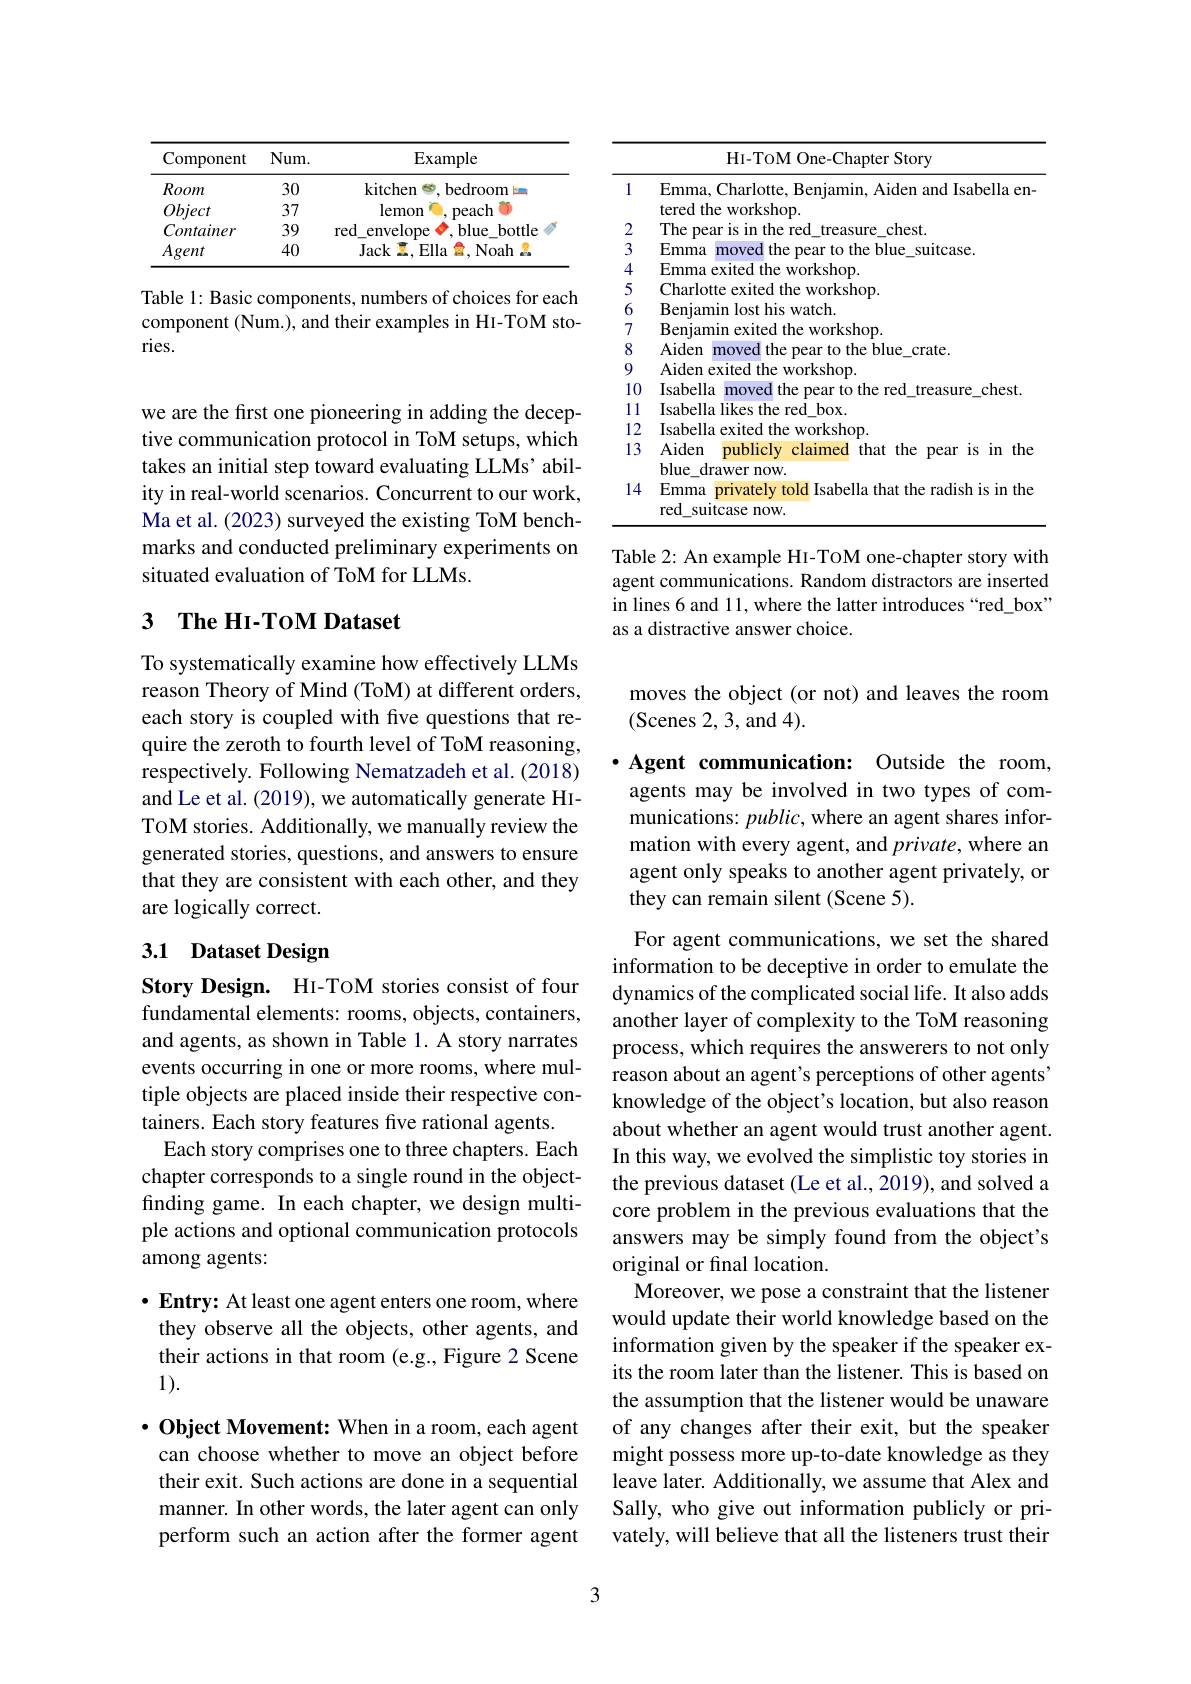
<table>
	<tbody>
		<tr>
			<th>Component</th>
			<th>$Num.$</th>
			<th>$\operatorname{Example}$</th>
		</tr>
		<tr>
			<td>Room</td>
			<td>30</td>
			<td>kitchen bedroom</td>
		</tr>
		<tr>
			<td>Object</td>
			<td>37</td>
			<td>lemon peach</td>
		</tr>
		<tr>
			<td>Container</td>
			<td>39</td>
			<td>envelope blue red bottle</td>
		</tr>
		<tr>
			<td>Agent</td>
			<td>40</td>
			<td>Jack Ella $\hat{a}$,Noah</td>
		</tr>
	</tbody>
</table>

Table 1: Basic components, numbers of choices for each component (Num.), and their examples in HI-TOM stories.

we are the first one pioneering in adding the deceptive communication protocol in ToM setups, which takes an initial step toward evaluatin ity in real-world scenarios. Concurrent to our work, Ma et al. (2023) surveyed the existing ToM benchmarks and conducted preliminary experiments on situated evaluation of ToM for LLMs.

## 3 $\textbf{The Hı - ToM Dataset}$

To systematically examine how effectively LLMs reason Theory of Mind (ToM) at different orders, each story is coupled with five questions that require the zeroth to fourth level of ToM reasoning, respectively. Following Nematzadeh et al. (2018) and Le et al. (2019), we automatically generate HIToM stories. Additionally, we manually review the generated stories, questions, and answ that they are consistent with each other, and they are logically correct.

## 3.1 Dataset Design

Story Design. HI-TOM stories consist of four fundamental elements: rooms, objects, containers, and agents, as shown in Table 1. A story narrates events occurring in one or more rooms, where multiple objects are placed inside their respective containers. Each story features five rational agents.
Each story comprises one to three chapters. Each chapter corresponds to a single round finding game. In each chapter, we desi ple actions and optional communication among agents:

$\cdot$ Entry: At least one agent enters one room, where they observe all the objects, other agents, and their actions in that room (e.g., Figure 2 Scene 1).

$\cdot$ Object Movement: When in a room, each agent can choose whether to move an object before their exit. Such actions are done in a sequential manner. In other words, the later agent can only perform such an action after the former agent

<table>
	<tbody>
		<tr>
			<th> </th>
			<th>HI-TOM One-Chapter Story</th>
		</tr>
		<tr>
			<td>1</td>
			<td>Emma, Charlotte, Benjamin, Aiden and Isabella en tered the workshop.</td>
		</tr>
		<tr>
			<td>2</td>
			<td>chest $\Gamma hr$ TPO rireasilire</td>
		</tr>
		<tr>
			<td>3</td>
			<td>Emma the the blue suitcase mover mear</td>
		</tr>
		<tr>
			<td>4</td>
			<td>Emma workshop</td>
		</tr>
		<tr>
			<td>5</td>
			<td>Charlotte workshop</td>
		</tr>
		<tr>
			<td>6</td>
			<td>Reniamin watch 100</td>
		</tr>
		<tr>
			<td>7</td>
			<td>Beniamim axited fhe workshop 1</td>
		</tr>
		<tr>
			<td>8</td>
			<td>Aiden moved the near to the blue crate $=\frac{1}{2}$</td>
		</tr>
		<tr>
			<td></td>
			<td>Aidem exited the workshop</td>
		</tr>
		<tr>
			<td>10</td>
			<td>Isabella moved Lthe pear to the red treasure chest T $\frac{1}{2}=\frac{1}{2}$</td>
		</tr>
		<tr>
			<td>11</td>
			<td>Isabella likes $th\epsilon$ red $box.$ 21</td>
		</tr>
		<tr>
			<td>12</td>
			<td>Tsabella xited $\mathbf{fhe}$ workshop</td>
		</tr>
		<tr>
			<td>13</td>
			<td>Aiden publicly claimed that the pear is in the blue\_drawer now.</td>
		</tr>
		<tr>
			<td>14</td>
			<td>Emma privately told Isabella that the radish is in the red suitcase now.</td>
		</tr>
	</tbody>
</table>

Table 2: An example HI-TOM one-chapter agent communications. Random distractors are inserted in lines 6 and 11, where the latter introduces “red\_box” as a distractive answer choice.

moves the object (or not) and leaves the room
(Scenes 2, 3, and 4).

$\cdot$ Agent communication: Outside the r agents may be involved in two types of communications: $public$, where an agent shares information with every agent, and $private$, where an agent only speaks to another agent privately, or they can remain silent (Scene 5).

For agent communications, we set the shared information to be deceptive in order t dynamics of the complicated social life. It also adds another layer of complexity to the ToM reasoning process, which requires the answerers to not only reason about an agent's perceptions of other agents" knowledge of the object's location, but also reason about whether an agent would trust another agent. In this way, we evolved the simplistic the previous dataset (Le et al., 2019), and solved a core problem in the previous evaluatio answers may be simply found from the object's original or final location.
Moreover, we pose a constraint that the listener would update their world knowledge based on the information given by the speaker if the speaker exits the room later than the listener. This is based on the assumption that the listener would be unaware of any changes after their exit, but the speaker might possess more up-to-date knowledge as they leave later. Additionally, we assume that Alex and Sally, who give out information publicly or privately, will believe that all the listeners trust their

3